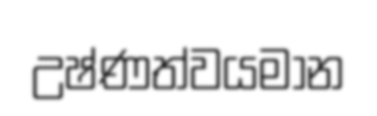
උෂ්ණත්වයමාන